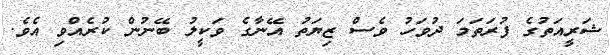
ޝަރީއަތުގެ ފުރަތަމަ ދުވަހު ވެސް ޒިޔަތު އޭނާގެ ވަކީލު ބޭނުން ކުރެއްވި އެވެ.